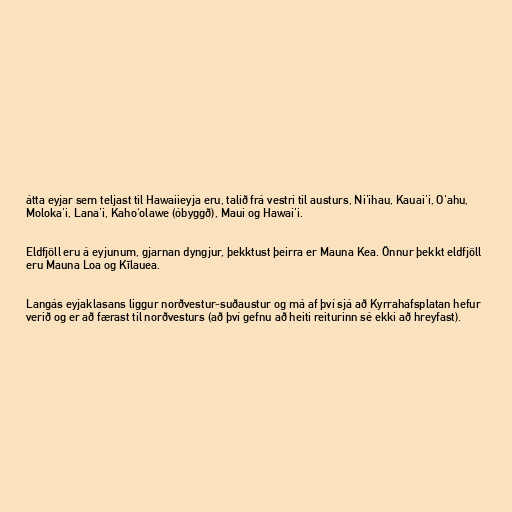
átta eyjar sem teljast til Hawaiieyja eru, talið frá vestri til austurs, Ni'ihau, Kauai'i, O'ahu,
Moloka'i, Lana'i, Kahoʻolawe (óbyggð), Maui og Hawai'i.

Eldfjöll eru á eyjunum, gjarnan dyngjur, þekktust þeirra er Mauna Kea. Önnur þekkt eldfjöll
eru Mauna Loa og Kīlauea.

Langás eyjaklasans liggur norðvestur-suðaustur og má af því sjá að Kyrrahafsplatan hefur
verið og er að færast til norðvesturs (að því gefnu að heiti reiturinn sé ekki að hreyfast).